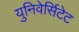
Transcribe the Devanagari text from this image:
युनिवेर्सिटेट